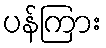
ပန်ကြား